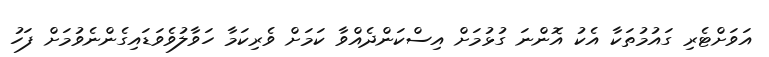
އަވަށްޓެރި ގައުމުތަކާ އެކު އޮންނަ ގުޅުމަށް އިސްކަންދެއްވާ ކަމަށް ވެރިކަމާ ހަވާލުވެވަޑައިގެންނެވުމަށް ފަހު